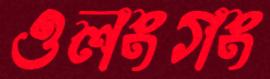
ওলংগং